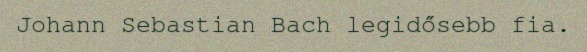
Johann Sebastian Bach legidősebb fia.